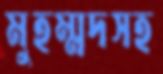
মুহম্মদসহ